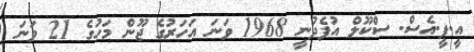
އީ.ޕީ.އެސް. ސްކޫލް އުފެދުނީ 1968 ވަނަ އަހަރުގެ ޖޫން މަހުގެ 21 ވަނަ